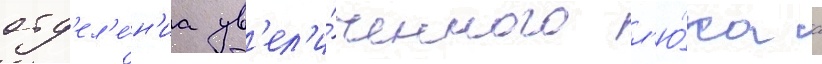
отд'ел'е́н'иа ув'ел'и́ченного л'ю́ка с